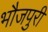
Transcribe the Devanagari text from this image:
भौजपुरी